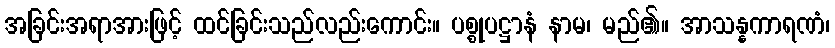
အခြင်းအရာအားဖြင့် ထင်ခြင်းသည်လည်းကောင်း။ ပစ္စုပဋ္ဌာနံ နာမ၊ မည်၏။ အာသန္နကာရဏံ၊